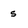
Character: s